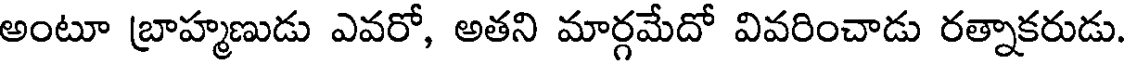
అంటూ బ్రాహ్మణుడు ఎవరో, అతని మార్గమేదో వివరించాడు రత్నాకరుడు.